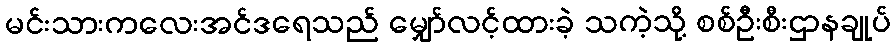
မင်းသားကလေးအင်ဒရေသည် မျှော်လင့်ထားခဲ့ သကဲ့သို့ စစ်ဦးစီးဌာနချုပ်